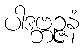
ပါဒဗ္ဘဉ္ဇနံ